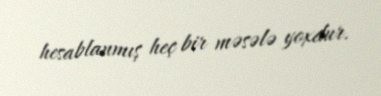
hesablanmış heç bir məsələ yoxdur.